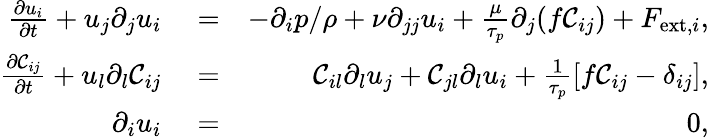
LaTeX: \begin{array}{rlr}{\frac{\partial{u_{i}}}{\partial t}+u_{j}\partial_{j}u_{i}}&{{}=}&{-\partial_{i}p/\rho+\nu\partial_{jj}u_{i}+\frac{\mu}{\tau_{p}}\partial_{j}(f\mathcal{C}_{ij})+F_{\mathrm{ext},i},}\\ {\frac{\partial{\mathcal{C}_{ij}}}{\partial t}+u_{l}\partial_{l}\mathcal{C}_{ij}}&{{}=}&{\mathcal{C}_{il}\partial_{l}u_{j}+\mathcal{C}_{jl}\partial_{l}u_{i}+\frac{1}{\tau_{p}}[f\mathcal{C}_{ij}-\delta_{ij}],}\\ {\partial_{i}u_{i}}&{{}=}&{0,}\end{array}